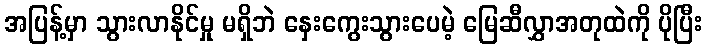
အပြန့်မှာ သွားလာနိုင်မှု မရှိဘဲ နှေးကွေးသွားပေမဲ့ မြေဆီလွှာအတုထဲကို ပိုပြီး